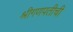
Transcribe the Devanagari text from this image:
श्रीगणपतीची